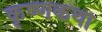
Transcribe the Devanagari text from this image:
कृष्णकथा